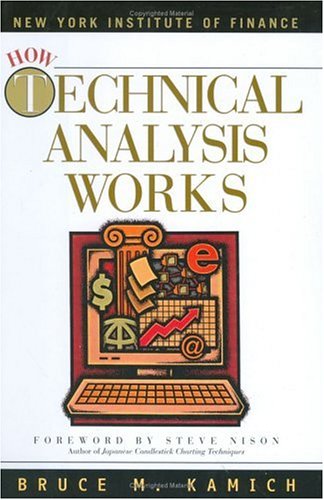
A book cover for How Technical Analysis Works (New York Institute of Finance); Bruce M. Kamich; Business & Money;